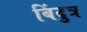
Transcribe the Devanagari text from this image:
बिंदुत्र